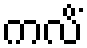
ကလိံ